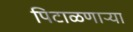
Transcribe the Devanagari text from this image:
पिटाळणाऱ्या